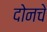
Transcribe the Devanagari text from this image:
दोनचे